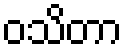
ဝသိတာ